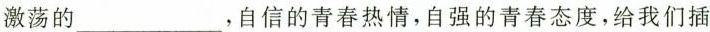
激荡的___，自信的青春热情，自强的青春态度，给我们插